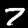
Label: 7